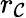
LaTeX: r_{\mathcal{C}}